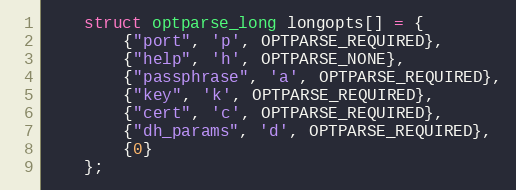
Language: C++
    struct optparse_long longopts[] = {
        {"port", 'p', OPTPARSE_REQUIRED},
        {"help", 'h', OPTPARSE_NONE},
        {"passphrase", 'a', OPTPARSE_REQUIRED},
        {"key", 'k', OPTPARSE_REQUIRED},
        {"cert", 'c', OPTPARSE_REQUIRED},
        {"dh_params", 'd', OPTPARSE_REQUIRED},
        {0}
    };